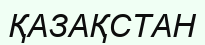
ҚАЗАҚСТАН